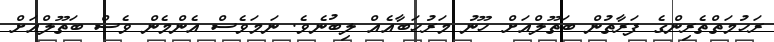
ރަހުމަތްތެރިންގެ ފަރާތުން ބަތޫލްއަށް ހޫނު މަރުހަބާއެއް ލިބުނެވެ. ނަމަވެސް އެންމެން ވެސް ބަތޫލްއަށް